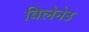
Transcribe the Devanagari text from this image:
विलेनेउ